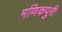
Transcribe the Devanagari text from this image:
मणिकपुरी